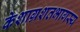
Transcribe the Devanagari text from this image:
केशाग्रशतभागस्य